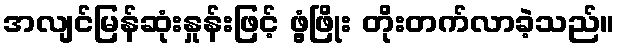
အလျင်မြန်ဆုံးနှုန်းဖြင့် ဖွံ့ဖြိုး တိုးတက်လာခဲ့သည်။